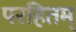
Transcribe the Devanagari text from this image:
परहितम्